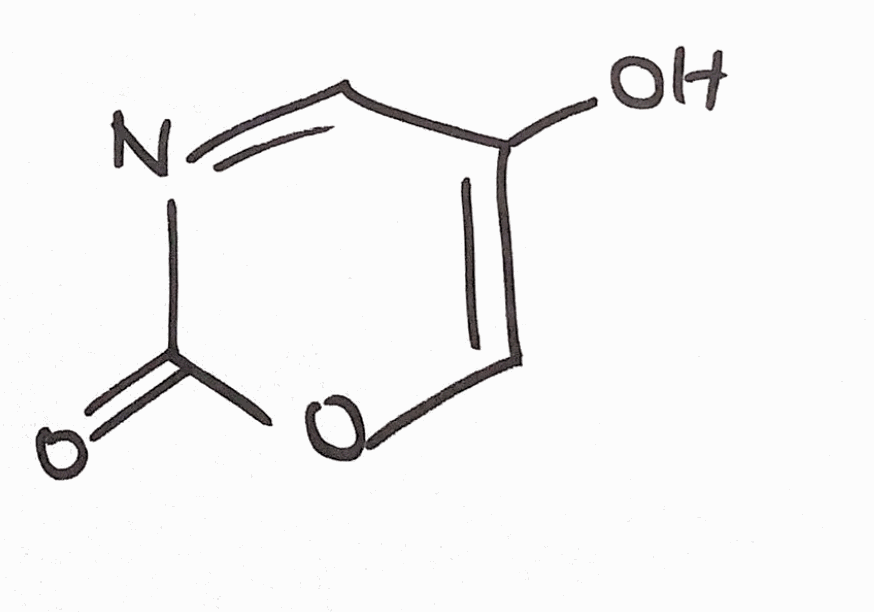
Simplified molecular-input line-entry system (SMILES) notation of the given molecule:
C1=C(C=NC(=O)O1)O